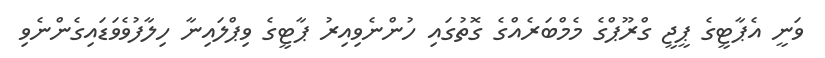
ވަނީ އެޕާޓީގެ ޕީޖީ ގްރޫޕްގެ މެމްބަރެއްގެ ގޮތުގައި ހުންނެވިއިރު ޕާޓީގެ ވިޕްލައިނާ ހިލާފުވެވަޑައިގެންނެވި